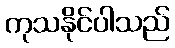
ကုသနိုင်ပါသည်